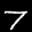
Label: 7